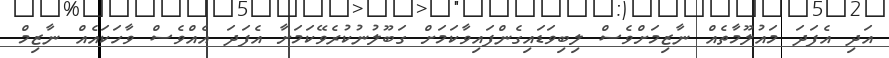
އަދި އެފަދަ މައުލޫމާތެއް ނާޒިމަށްވެސް ލިބިވަޑައިގެންފައިވާކަމަށް ގަބޫލުނުކުރެވޭކަމަށާ އެފަދަ އެއްވެސް ވާހަކައެއް ނާޒިމް